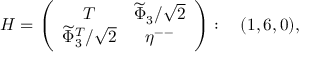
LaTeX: H = \left( \begin{array} { c c c } { { T } } & { { \widetilde { \Phi } _ { 3 } / \sqrt { 2 } } } \\ { { \widetilde { \Phi } _ { 3 } ^ { T } / \sqrt { 2 } } } & { { \eta ^ { -- } } } \end{array} \right) : \ \ \ ( 1 , 6 , 0 ) ,